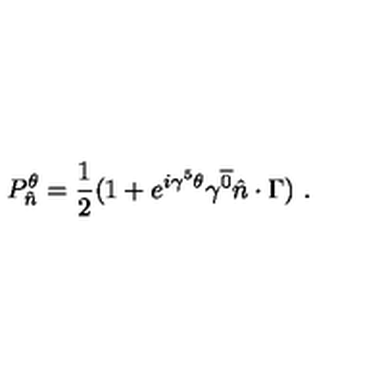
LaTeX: P _ { \hat { n } } ^ { \theta } = { \frac { 1 } { 2 } } ( 1 + e ^ { i \gamma ^ { 5 } \theta } \gamma ^ { \overline { { 0 } } } \hat { n } \cdot \Gamma ) \ .